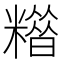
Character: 𥼪